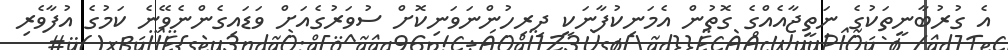
އެ ގުރުބާނީތަކުގެ ނަތީޖާއެއްގެ ގޮތުން އެމަނިކުފާނަކީ ދިރިހުންނަވަނިކޮށް ސުވަރުގެއަށް ވަޑައިގެންނެވޭނެ ކަމުގެ އުފާވެރި